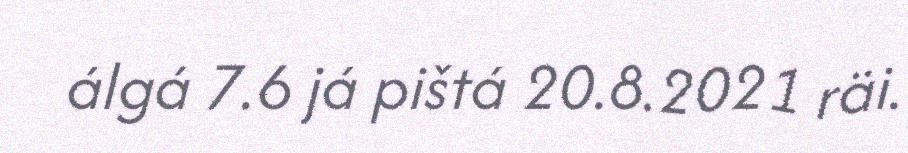
álgá 7.6 já pištá 20.8.2021 räi.